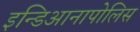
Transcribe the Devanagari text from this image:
इन्डिआनापोलिस